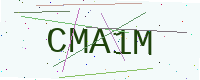
Text: CMA1M